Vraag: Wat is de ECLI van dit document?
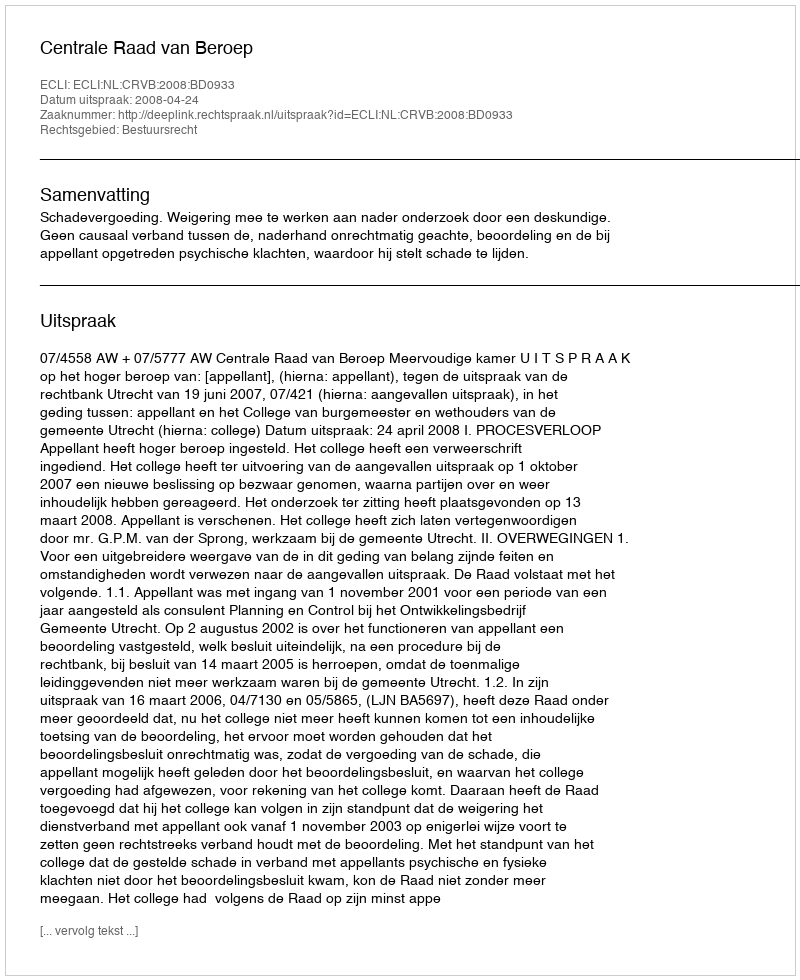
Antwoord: ECLI:NL:CRVB:2008:BD0933